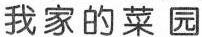
我家的菜园